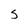
Character: S